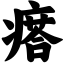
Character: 瘩